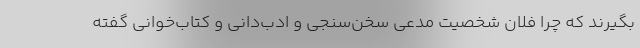
بگیرند که چرا فلان شخصیت مدعی سخن‌سنجی و ادب‌دانی و کتاب‌خوانی گفته